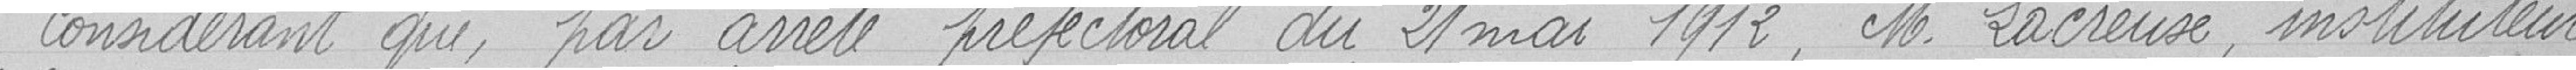
Considérant que, par arrêté préfectoral du 21 mai 1912, monsieur Lacreuse, instituteur